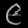
Digit: ၉